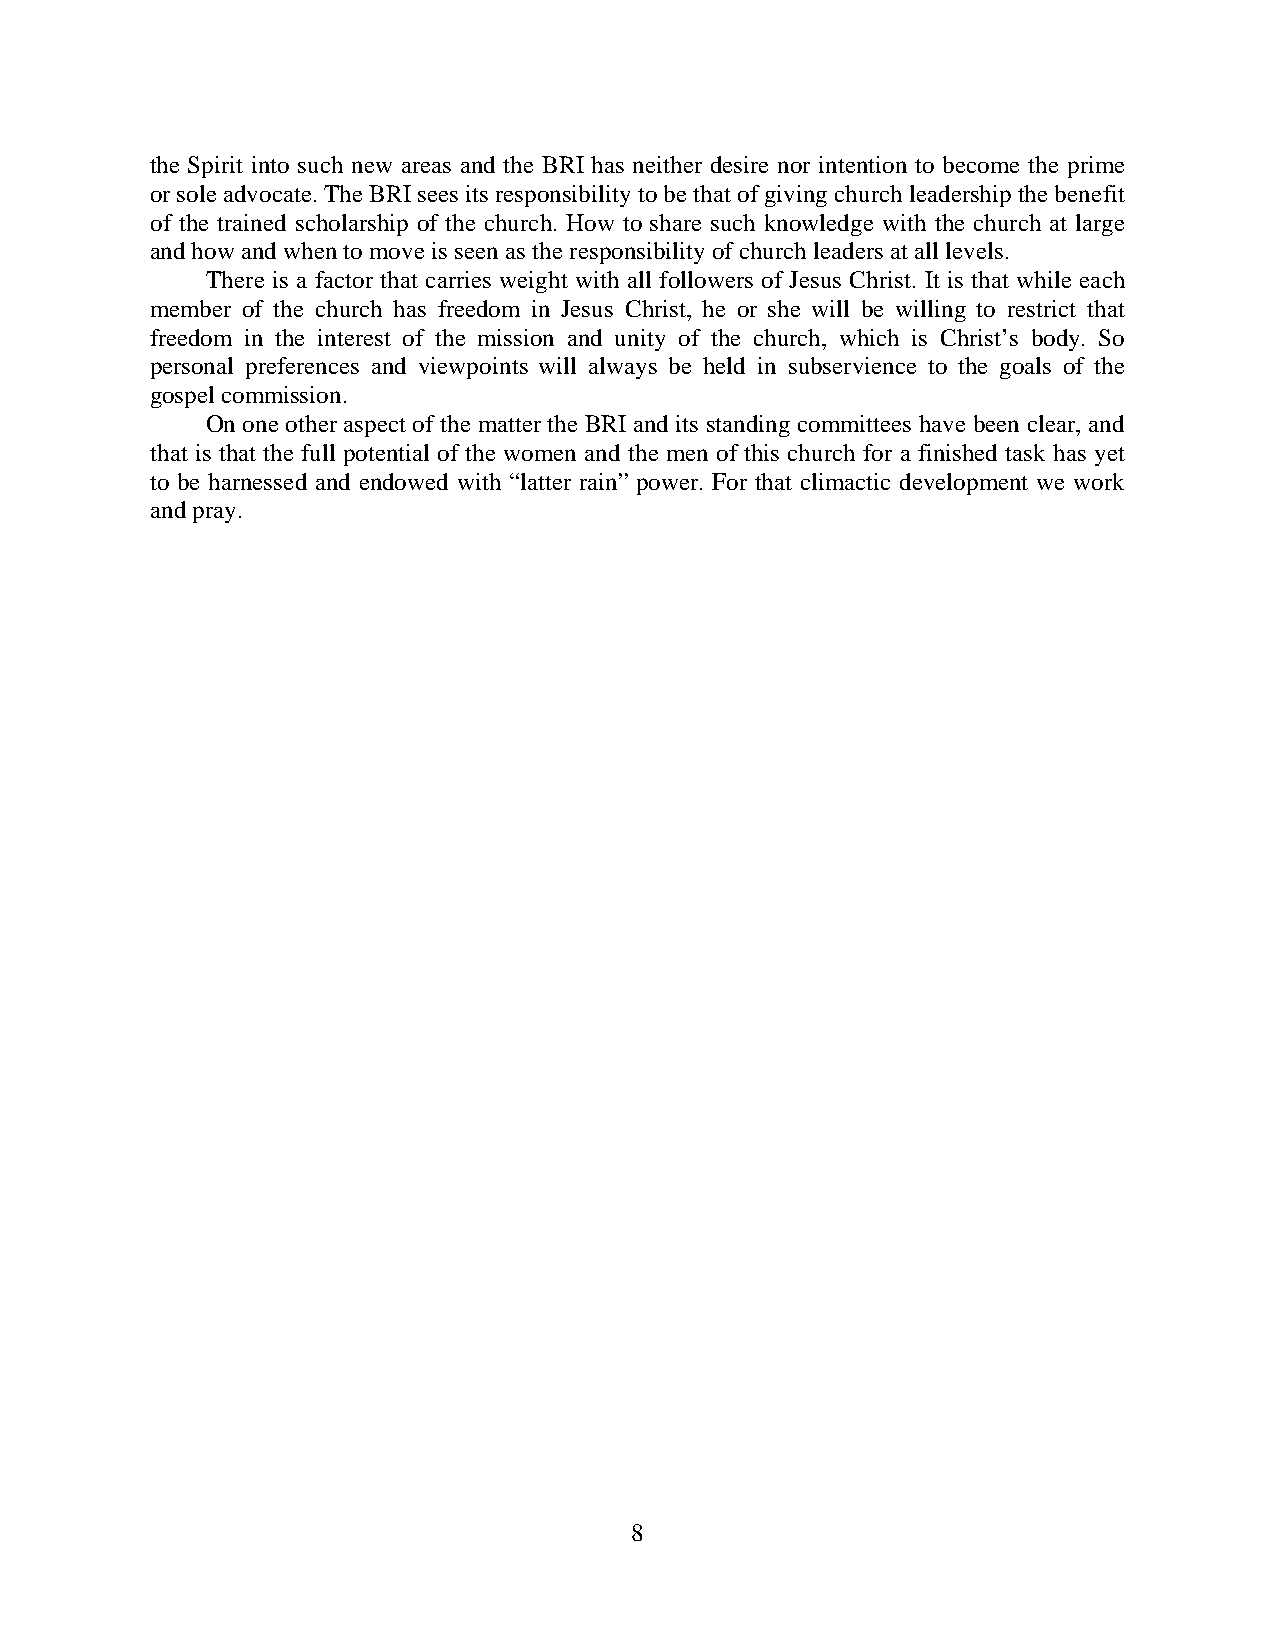
the Spirit into such new areas and the BRI has neither desire nor intention to become the prime
 or sole advocate. The BRI sees its responsibility to be that of giving church leadership the benefit
 of the trained scholarship of the church. How to share such knowledge with the church at large
 and how and when to move is seen as the responsibility of church leaders at all levels.
 There is a factor that carries weight with all followers of Jesus Christ. It is that while each
 member of the church has freedom in Jesus Christ, he or she will be willing to restrict that
 freedom in the interest of the mission and unity of the church, which is Christ’s body. So
 personal preferences and viewpoints will always be held in subservience to the goals of the
 gospel commission.
 On one other aspect of the matter the BRI and its standing committees have been clear, and
 that is that the full potential of the women and the men of this church for a finished task has yet
 to be harnessed and endowed with “latter rain” power. For that climactic development we work
 and pray.
 8